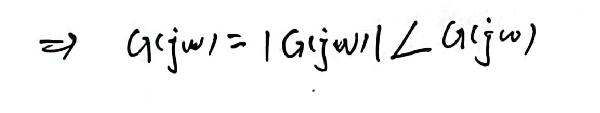
\[ \Rightarrow G(j\omega)=|G(j\omega)|\angle G(j\omega) \]